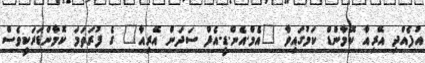
އުފެއްދި އޭރިއާ ކޮމާންޑް ކަމުގައިވާ "އެމް.އެން.ޑީ.އެފް ސަދަން އޭރިއާ" ގެ ފުރަތަމަ ކޮމާންޑަރަކީވެސް